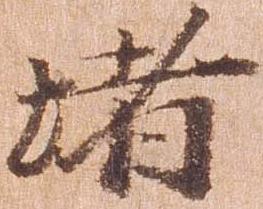
堵